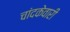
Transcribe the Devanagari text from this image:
चांदकेवारी